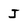
Character: J